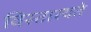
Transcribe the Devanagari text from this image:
विस्तारयते